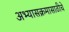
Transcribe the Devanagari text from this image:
अभ्यासक्रमासाठीचे